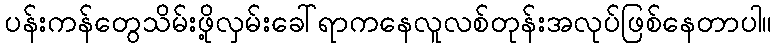
ပန်းကန်တွေသိမ်းဖို့လှမ်းခေါ်ရာကနေလူလစ်တုန်းအလုပ်ဖြစ်နေတာပါ။